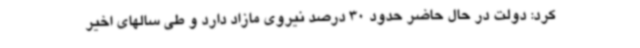
کرد: دولت در حال حاضر حدود 30 درصد نیروی مازاد دارد و طی سالهای اخیر